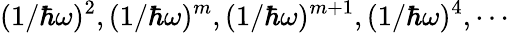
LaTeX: (1/\hbar\omega)^{2},(1/\hbar\omega)^{m},(1/\hbar\omega)^{m+1},(1/\hbar\omega)^{4},\cdots